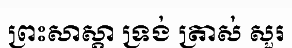
ព្រះសាស្តា ទ្រង់ ត្រាស់ សួរ